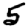
Digit: 5